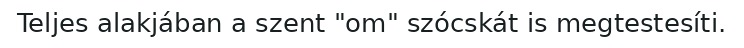
Teljes alakjában a szent "om" szócskát is megtestesíti.